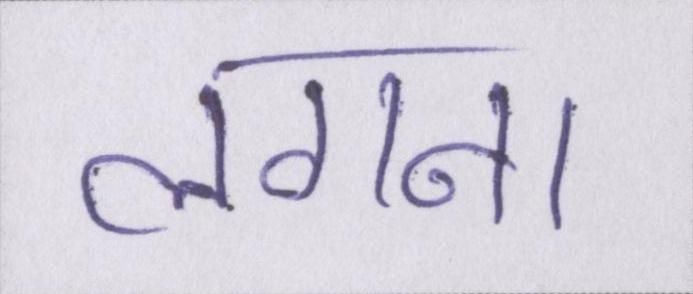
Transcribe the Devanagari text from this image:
लगना